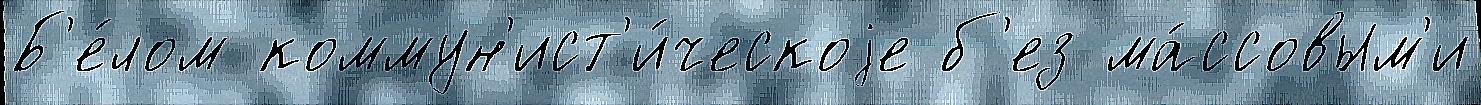
Б'е́лом коммун'ист'и́ческоjе б'ез ма́ссовым'и